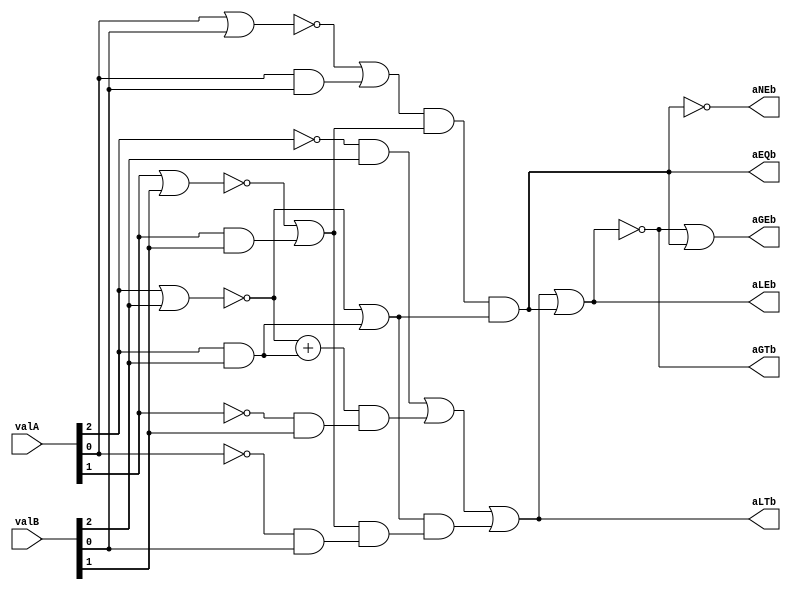
// Version:      1 (Date Last Modified: 27 January 2022) 
// Description:  The circuit accepts two 3-bit inputs representing 
// 		 unsigned binary numbers and provides six outputs 
//		 that represent the various results from comparing the two values.


module comparator_structural_sefunmi(valA, valB, aGTb, aGEb, aLTb, aLEb, aEQb, aNEb);
   input  [2:0] valA, valB;
   output       aGTb, aGEb, aLTb, aLEb, aEQb, aNEb;

   // Your module MUST consist solely of primitive logic gates.
   // Declare additional wires as needed.
   
   // A == B --- (A0'B0' + A0B0)(A1'B1' + A1B1)(A2'B2' + A2B2)
   assign aEQb = (~(valA[0]|valB[0])|(valA[0]&valB[0]))&(~(valA[1]|valB[1])|(valA[1]&valB[1]))&(~(valA[2]|valB[2])|(valA[2]&valB[2]));
   // A != B --- (A == B)'
   assign aNEb = ~aEQb;
   // A < B --- A2'B2 + [(A2'B2' + A2B2) * A1'B1] + [(A2'B2' + A2B2) *[(A1'B' + A1B1) * A0'B0]
   assign aLTb = ((~valA[2])&valB[2]) | ((~(valA[2]|valB[2]) + (valA[2]&valB[2]))&((~valA[1])&valB[1])) | ((~(valA[2]|valB[2]) | (valA[2]&valB[2])) & ((~(valA[1]|valB[1]) | (valA[1]&valB[1]))&((~valA[0])&valB[0])));
   // A <= B --- A < B + A == B
   assign aLEb = aLTb | aEQb; 
   // A > B --- (A>B + A==B)'
   assign aGTb = ~(aLTb | aEQb);
   // A >= B --- A > B + A == B
   assign aGEb = aGTb | aEQb;
endmodule